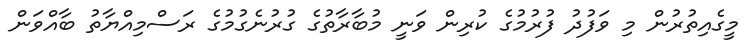
މީގެއިތުރުން މި ވަފުދު ފުރުމުގެ ކުރިން ވަނީ މުބާރާތުގެ ގުރުނެގުމުގެ ރަސްމިއްޔާތު ބާއްވަން